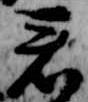
君